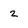
Character: 2